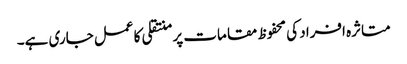
متاثرہ افراد کی محفوظ مقامات پر منتقلی کا عمل جاری ہے۔